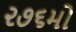
૨૭૬મો